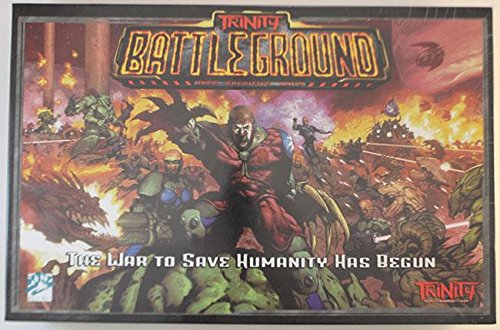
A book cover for Trinity: Battleground (Trinity Sci-Fi Roleplaying); Chris McDonough; Science Fiction & Fantasy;